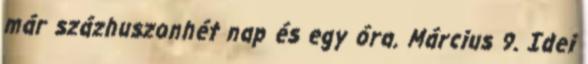
már százhuszonhét nap és egy óra. Március 9. Idei